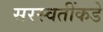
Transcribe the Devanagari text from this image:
सरस्वतींकडे